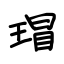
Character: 瑁